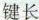
键长